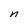
Character: n